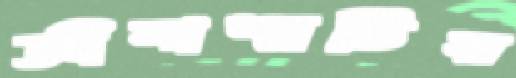
জীবাশ্মটির